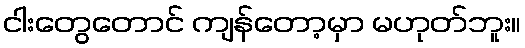
ငါးတွေတောင် ကျန်တော့မှာ မဟုတ်ဘူး။